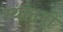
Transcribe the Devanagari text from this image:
स्थाननों